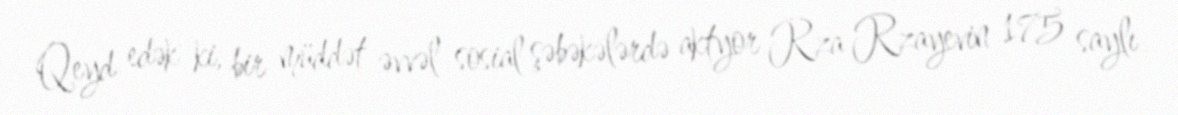
Qeyd edək ki, bir müddət əvvəl sosial şəbəkələrdə aktyor Rza Rzayevin 175 saylı